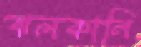
ঝলকানি